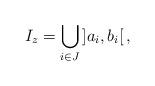
LaTeX: \begin{align*}I_z=\bigcup_{i\in J} \left]a_i,b_i\right[,\end{align*}